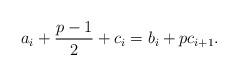
LaTeX: \begin{align*}a_i+\frac{p-1}{2}+c_{i}=b_i+pc_{i+1}.\end{align*}